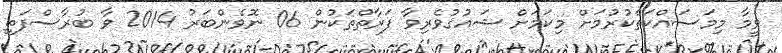
ވީމާ މިމަސައްކަތްކުރުމަށް މިކަމަށް ޝައުޤުވެރިވާ ފަރާތްތަކުން 06 ނޮވެންބަރު 2014 ވާ ބުރާސްފަތި